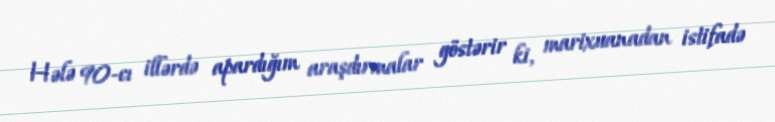
Hələ 90-cı illərdə apardığım araşdırmalar göstərir ki, marixuanadan istifadə